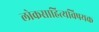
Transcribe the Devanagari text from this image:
लोकसाहित्यविषयक